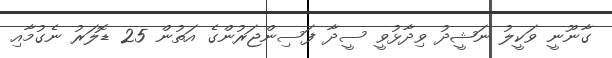
ގާނޫނީ ވަކީލު ނަޝީދު ވިދާޅުވީ ސީދާ ފަސިންޖަރުންގެ އަތުން 25 ޑޮލަރު ނެގުމާއި